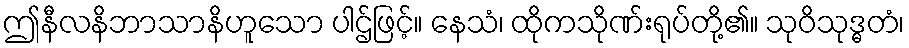
ဤနီလနိဘာသာနိဟူသော ပါဌ်ဖြင့်။ နေသံ၊ ထိုကသိုဏ်းရုပ်တို့၏။ သုဝိသုဒ္ဓတံ၊